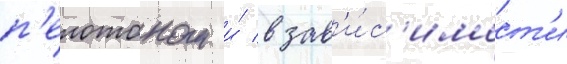
п'елотоном и́ в зав'и́с'имост'и